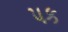
પક